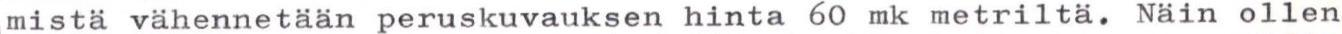
mistä vähennetään peruskuvauksen hinta 60 mk metriltä. Näin ollen